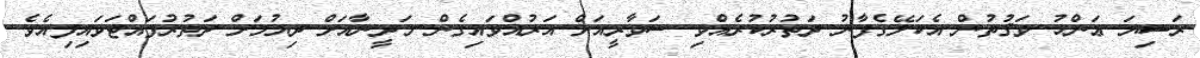
ރަޟިޔަ ޢަންހު ވަޤުތުން އެކަލޭގެފާނު ދަތުރުކުރެއްވި ސަވާރީއަށް އަރުއްވައިގެން މަދީނާއަށް ދިޔުމަށް ދަތުރުފައްޓަވައިފިއެވެ.